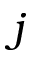
j